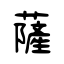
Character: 薩